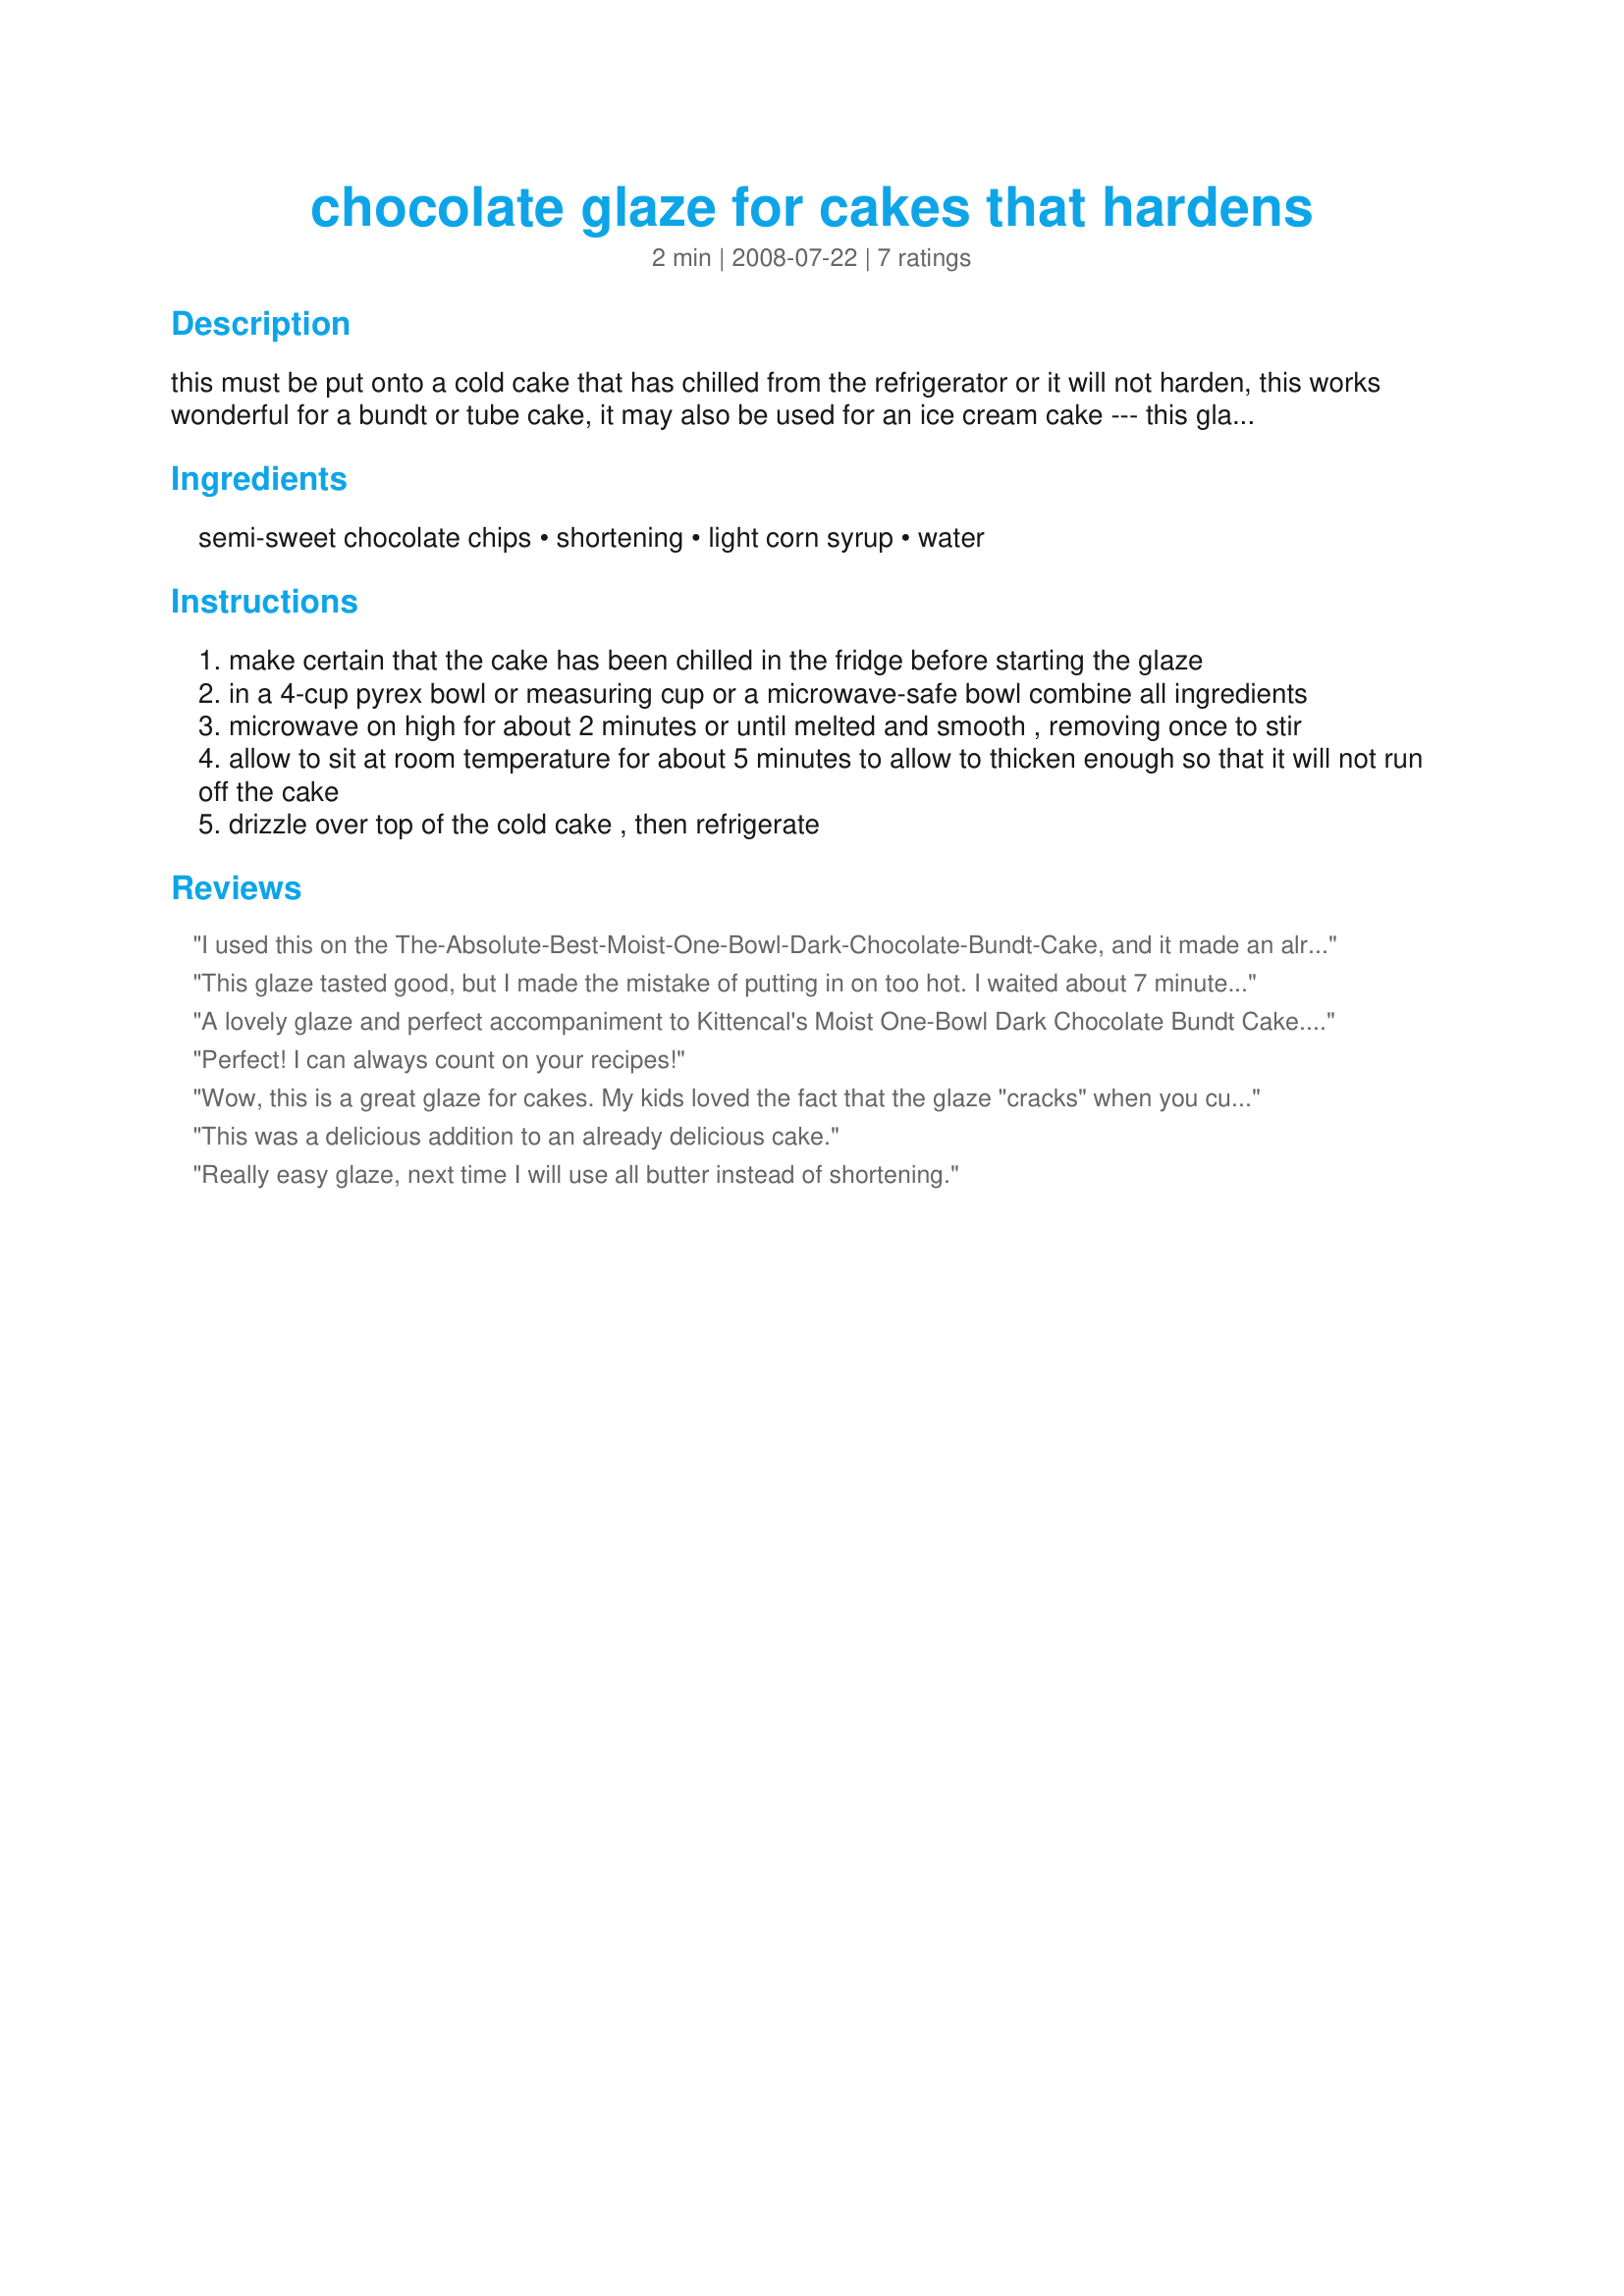
chocolate glaze for cakes that hardens
Preparation time: 2 minutes

this must be put onto a cold cake that has chilled from the refrigerator or it will not harden, this works wonderful for a bundt or tube cake, it may also be used for an ice cream cake --- this glaze firms up but does not turn rock hard

Ingredients:
semi-sweet chocolate chips, shortening, light corn syrup, water

Steps:
make certain that the cake has been chilled in the fridge before starting the glaze
in a 4-cup pyrex bowl or measuring cup or a microwave-safe bowl combine all ingredients
microwave on high for about 2 minutes or until melted and smooth , removing once to stir
allow to sit at room temperature for about 5 minutes to allow to thicken enough so that it will not run off the cake
drizzle over top of the cold cake , then refrigerate

Reviews:
I used this on the The-Absolute-Best-Moist-One-Bowl-Dark-Chocolate-Bundt-Cake, and it made an already wonderful cake even more special. Thanks for posting this nice Glaze recipe.
This glaze tasted good, but I made the mistake of putting in on too hot. I waited about 7 minutes, but it was still too warm and most of it slid off the cake. If you make this, don't go by the clock, but by the texture. The other suggestion I would make is use a wire whisk when you stir it to get all the chips to melt together.
A lovely glaze and perfect accompaniment to Kittencal's Moist One-Bowl Dark Chocolate Bundt Cake. I allowed the mix to cool for a while longer than recommended, watching the consistency instead. Being in the UK means the ingredients are a little different. For light corn syrup, I used the same quantity of glucose and since I havenâ€™t seen â€˜semi-sweetâ€™ chocolate over here, I used a mix of good quality dark chocolate (75%) and a dark chocolate with orange oil & pieces which has worked well. I think it would actually be classed as â€˜Bittersweetâ€™ in the US.
Perfect! I can always count on your recipes!
Wow, this is a great glaze for cakes. My kids loved the fact that the glaze "cracks" when you cut into it. We reallylike this and I'm already thinking of other cakes this would be great with. Thank you Kittencal for yet another great recipe.
This was a delicious addition to an already delicious cake.
Really easy glaze, next time I will use all butter instead of shortening.
